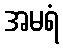
အမရံ